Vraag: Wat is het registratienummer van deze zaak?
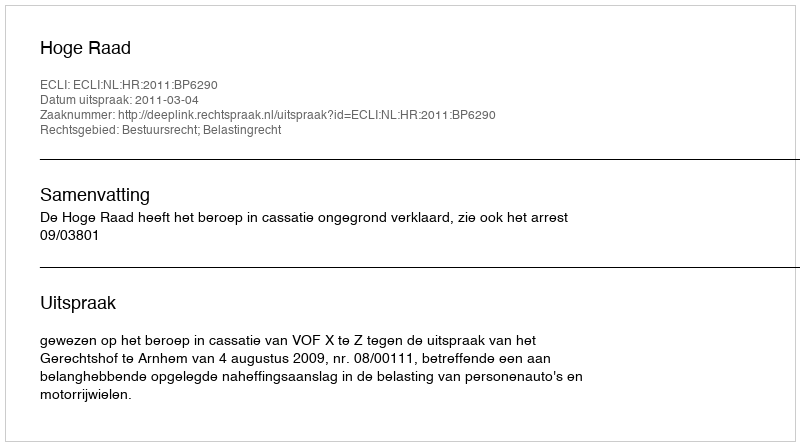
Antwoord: http://deeplink.rechtspraak.nl/uitspraak?id=ECLI:NL:HR:2011:BP6290